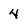
Character: 4